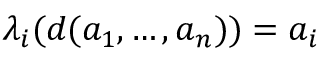
\lambda _ { i } ( d ( a _ { 1 } , \ldots , a _ { n } ) ) = a _ { i }